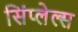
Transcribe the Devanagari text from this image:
सिंप्लेल्स